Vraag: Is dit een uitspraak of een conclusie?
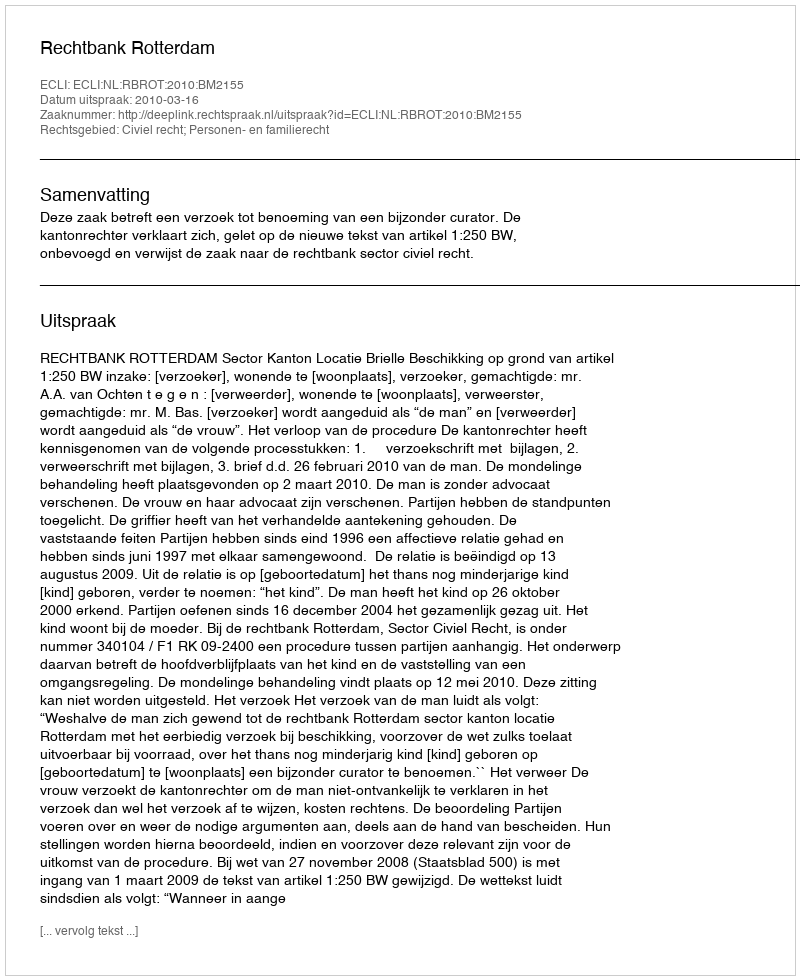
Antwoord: Uitspraak